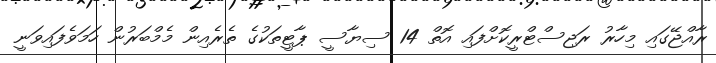
ރާއްޖޭގައި މިހާރު ރަޖިސްޓްރީކޮށްފައި އޮތް 14 ސިޔާސީ ޕާޓީތަކުގެ ތެރެއިން މެމްބަރުން ހަމަވެފައިވަނީ